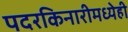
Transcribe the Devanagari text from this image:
पदरकिनारीमध्येही